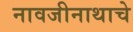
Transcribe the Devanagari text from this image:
नावजीनाथाचे